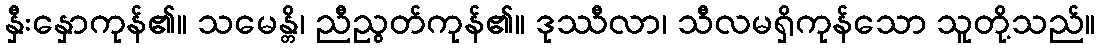
နှီးနှောကုန်၏။ သမေန္တိ၊ ညီညွတ်ကုန်၏။ ဒုဿီလာ၊ သီလမရှိကုန်သော သူတို့သည်။